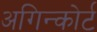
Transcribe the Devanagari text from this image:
अगिन्कोर्ट